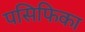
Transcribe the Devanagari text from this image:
पसिफिका